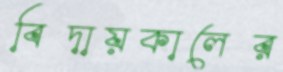
বিদায়কালের